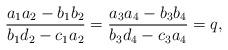
LaTeX: \begin{align*}\frac{a_{1}a_{2}-b_{1}b_{2}}{b_{1}d_{2}-c_{1}a_{2}} =\frac{a_{3}a_{4}-b_{3}b_{4}}{b_{3}d_{4}-c_{3}a_{4}} = q,\end{align*}